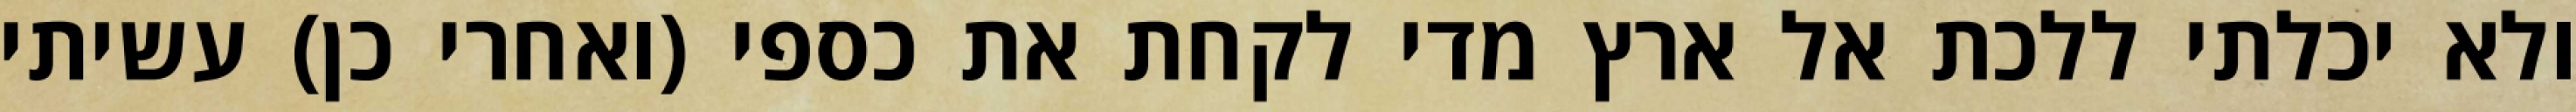
ולא יכלתי ללכת אל ארץ מדי לקחת את כספי (ואחרי כן) עשיתי